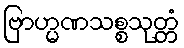
ဗြာဟ္မဏသစ္စသုတ္တံ